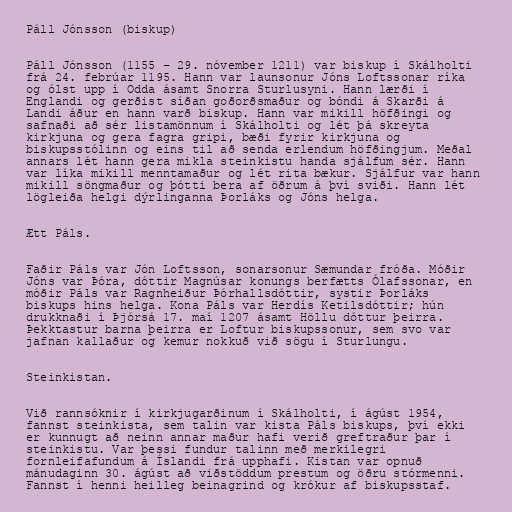
Páll Jónsson (biskup)

Páll Jónsson (1155 – 29. nóvember 1211) var biskup í Skálholti
frá 24. febrúar 1195. Hann var launsonur Jóns Loftssonar ríka
og ólst upp í Odda ásamt Snorra Sturlusyni. Hann lærði í
Englandi og gerðist síðan goðorðsmaður og bóndi á Skarði á
Landi áður en hann varð biskup. Hann var mikill höfðingi og
safnaði að sér listamönnum í Skálholti og lét þá skreyta
kirkjuna og gera fagra gripi, bæði fyrir kirkjuna og
biskupsstólinn og eins til að senda erlendum höfðingjum. Meðal
annars lét hann gera mikla steinkistu handa sjálfum sér. Hann
var líka mikill menntamaður og lét rita bækur. Sjálfur var hann
mikill söngmaður og þótti bera af öðrum á því sviði. Hann lét
lögleiða helgi dýrlinganna Þorláks og Jóns helga.

Ætt Páls.

Faðir Páls var Jón Loftsson, sonarsonur Sæmundar fróða. Móðir
Jóns var Þóra, dóttir Magnúsar konungs berfætts Ólafssonar, en
móðir Páls var Ragnheiður Þórhallsdóttir, systir Þorláks
biskups hins helga. Kona Páls var Herdís Ketilsdóttir; hún
drukknaði í Þjórsá 17. maí 1207 ásamt Höllu dóttur þeirra.
Þekktastur barna þeirra er Loftur biskupssonur, sem svo var
jafnan kallaður og kemur nokkuð við sögu í Sturlungu.

Steinkistan.

Við rannsóknir í kirkjugarðinum í Skálholti, í ágúst 1954,
fannst steinkista, sem talin var kista Páls biskups, því ekki
er kunnugt að neinn annar maður hafi verið greftraður þar í
steinkistu. Var þessi fundur talinn með merkilegri
fornleifafundum á Íslandi frá upphafi. Kistan var opnuð
mánudaginn 30. ágúst að viðstöddum prestum og öðru stórmenni.
Fannst í henni heilleg beinagrind og krókur af biskupsstaf.